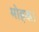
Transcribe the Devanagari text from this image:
मोहक।